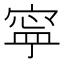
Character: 寜